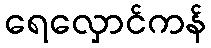
ရေလှောင်ကန်